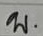
บ